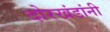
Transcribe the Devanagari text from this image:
दोरखंडांनी